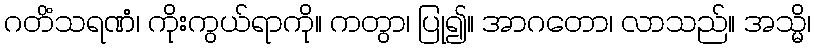
ဂတိံသရဏံ၊ ကိုးကွယ်ရာကို။ ကတွာ၊ ပြု၍။ အာဂတော၊ လာသည်။ အသ္မိ၊